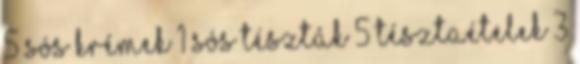
5 sós krémek 1 sós tészták 5 tésztaételek 3